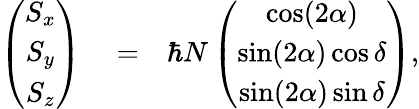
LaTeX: \begin{array}{rlr}{\left(\begin{array}{c}{S_{x}}\\ {S_{y}}\\ {S_{z}}\end{array}\right)}&{{}=}&{\hbar N\left(\begin{array}{c}{\cos(2\alpha)}\\ {\sin(2\alpha)\cos\delta}\\ {\sin(2\alpha)\sin\delta}\end{array}\right),}\end{array}